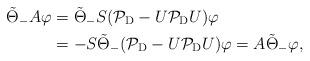
LaTeX: \begin{align*}\tilde{\Theta}_-A\varphi&=\tilde{\Theta}_-S(\mathcal{P}_{\rm D}-U\mathcal{P}_{\rm D}U)\varphi\\&=-S\tilde{\Theta}_-(\mathcal{P}_{\rm D}-U\mathcal{P}_{\rm D}U)\varphi=A\tilde{\Theta}_-\varphi, \end{align*}